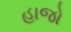
હાજો